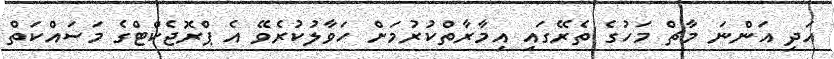
އަދި އަންނަ މާޗް މަހުގެ ތެރޭގައި އިމާރާތްކުރުމަށް ހަވާލުކުރެވޭ އެ ޕްރޮޖެކްޓްގެ މަސައްކަތް